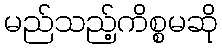
မည်သည့်ကိစ္စမဆို